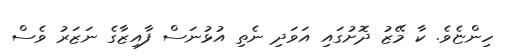
ހިންޏެވެ. ކާ މޭޒު ދޮށުގައި އަވަދި ނެތި އުޅުނަސް ފާއިޒާގެ ނަޒަރު ވެސް